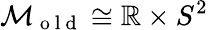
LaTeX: \mathcal{M}_{\mathrm{~o~l~d~}}\cong\mathbb{R}\times S^{2}